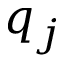
q _ { j }